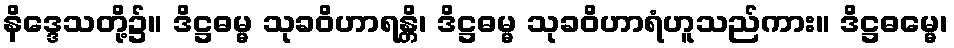
နိဒ္ဒေသတို့၌။ ဒိဋ္ဌဓမ္မ သုခဝိဟာရန္တိ၊ ဒိဋ္ဌဓမ္မ သုခဝိဟာရံဟူသည်ကား။ ဒိဋ္ဌဓမ္မေ၊